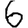
Digit: 6